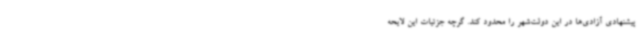
پیشنهادی آزادی‌ها در این دولت‌شهر را محدود کند. گرچه جزئیات این لایحه